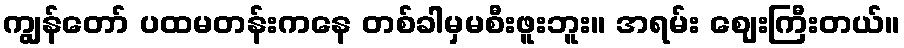
ကျွန်တော် ပထမတန်းကနေ တစ်ခါမှမစီးဖူးဘူး။ အရမ်း ဈေးကြီးတယ်။